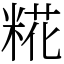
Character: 糀